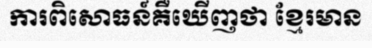
ការពិសោធន៍គឺឃើញថា ខ្មែរមាន